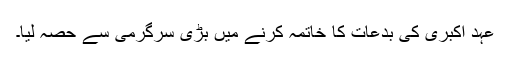
عہدِ اکبری کی بدعات کا خاتمہ کرنے میں بڑی سرگرمی سے حصہ لیا۔